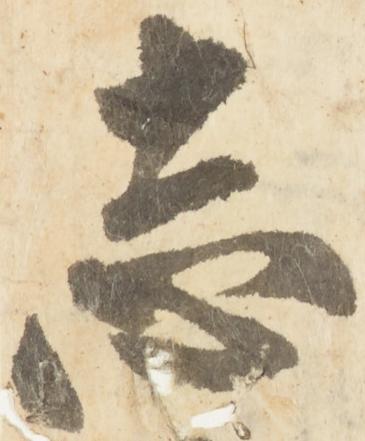
志